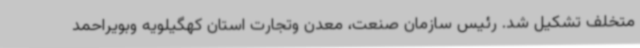
متخلف تشکیل شد. رئیس سازمان صنعت، معدن وتجارت استان کهگیلویه وبویراحمد